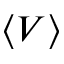
\langle V \rangle